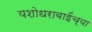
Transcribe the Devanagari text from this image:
यशोधराबाईंच्या